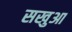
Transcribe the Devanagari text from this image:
सखुआ